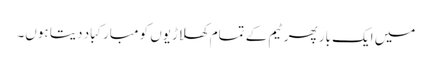
میں ایک بار پھر ٹیم کے تمام کھلاڑیوں کو مبارکباد دیتا ہوں۔